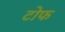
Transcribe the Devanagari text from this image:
टोफ